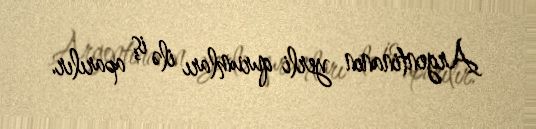
Argentinanın yerli qurumları ilə iş aparılır.